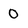
Character: 0